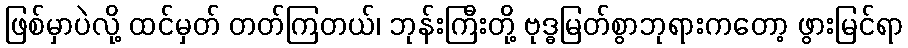
ဖြစ်မှာပဲလို့ ထင်မှတ် တတ်ကြတယ်၊ ဘုန်းကြီးတို့ ဗုဒ္ဓမြတ်စွာဘုရားကတော့ ဖွားမြင်ရာ